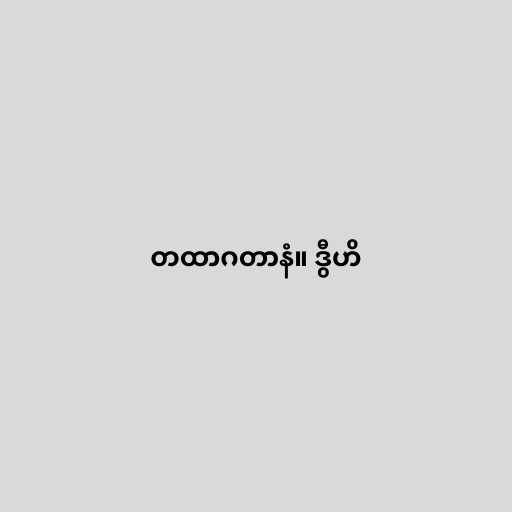
တထာဂတာနံ။ ဒွီဟိ